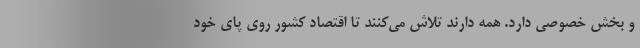
و بخش خصوصی دارد. همه دارند تلاش می‌کنند تا اقتصاد کشور روی پای خود